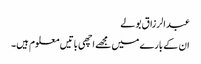
عبد الرزاق بولے
ان کے بارے میں مجھے اچھی باتیں معلوم ہیں۔